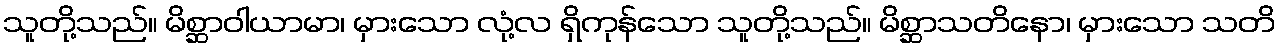
သူတို့သည်။ မိစ္ဆာဝါယာမာ၊ မှားသော လုံ့လ ရှိကုန်သော သူတို့သည်။ မိစ္ဆာသတိနော၊ မှားသော သတိ